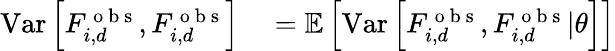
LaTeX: \begin{array}{rl}{\mathrm{Var}\left[F_{i,d}^{\mathrm{~o~b~s~}},F_{i,d}^{\mathrm{~o~b~s~}}\right]}&{{}=\mathbb{E}\left[\mathrm{Var}\left[F_{i,d}^{\mathrm{~o~b~s~}},F_{i,d}^{\mathrm{~o~b~s~}}|\theta\right]\right]}\end{array}